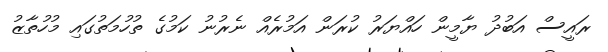
ރައީސް އަބުދު ޔާމީން ހައްޔަރު ކުރަން އަމުރެއް ނެރުނު ކަމުގެ ތުހުމަތުގައި މުހުތާޒު